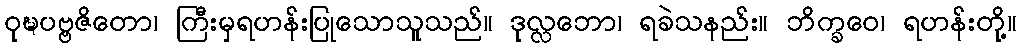
ဝုဍ္ဎပဗ္ဗဇိတော၊ ကြီးမှရဟန်းပြုသောသူသည်။ ဒုလ္လဘော၊ ရခဲသနည်း။ ဘိက္ခဝေ၊ ရဟန်းတို့။